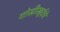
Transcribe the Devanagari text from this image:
गोसीखुर्दचे